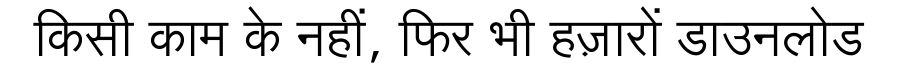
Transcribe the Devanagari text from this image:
किसी काम के नहीं, फिर भी हज़ारों डाउनलोड